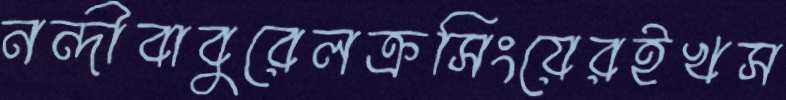
নন্দীবাবুরেলক্রসিংয়েরইখস